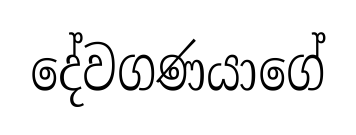
දේවගණයාගේ